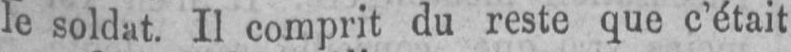
le soldat. Il comprit du reste que c’était